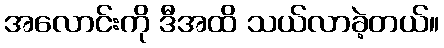
အလောင်းကို ဒီအထိ သယ်လာခဲ့တယ်။